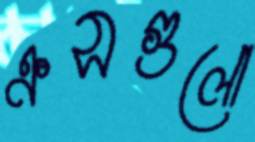
ক্রসগুলো